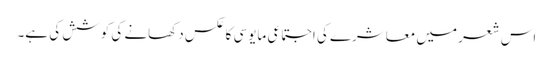
اس شعر میں معاشرے کی اجتماعی مایوسی کا عکس دکھانے کی کوشش کی ہے۔